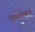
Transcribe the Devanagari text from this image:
वृक्षारोपणासारखे